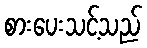
စားပေးသင့်သည်